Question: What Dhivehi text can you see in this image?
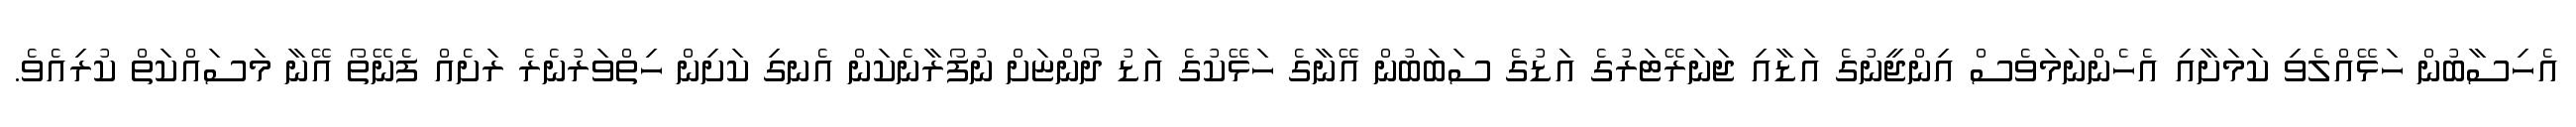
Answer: އެހިސާބުން ހަޅޭއްލެވި ކަމަށާއި އެހެންނަމަވެސް އިންޖީނުގެ އަޑާއި ޖަނަރޭޓަރުގެ އަޑުގެ ސަބަބުން އޭނާގެ ހަޅޭކުގެ އަޑު ދޯންޏަށް ނުފޯރާނެކަން އެނގި ކަށިން ހިތްވަރުނެރެ ރަށެއް ފެނޭތޯ އޭނާ މަސައްކަތް ކުރިއެވެ.